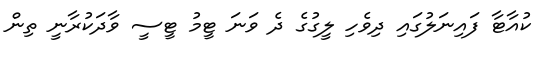
ކުއާޓާ ފައިނަލުގައި ދިވެހި ލީގުގެ ދެ ވަނަ ޓީމު ޓީސީ ވާދަކުރާނީ ތިން